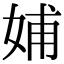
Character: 𡜵